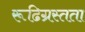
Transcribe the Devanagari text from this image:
रूढिग्रस्तता